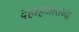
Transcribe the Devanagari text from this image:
दहाहजाराव्या